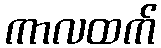
ကာလထက်